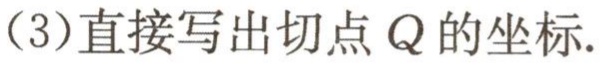
(3)直接写出切点 \(Q\) 的坐标.